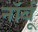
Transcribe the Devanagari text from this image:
नॉर्बू